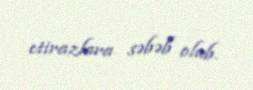
etirazlara səbəb olub.